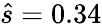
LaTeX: \hat{s}=0.34